Report of the King Institute of Preventive Medicine, Guindy
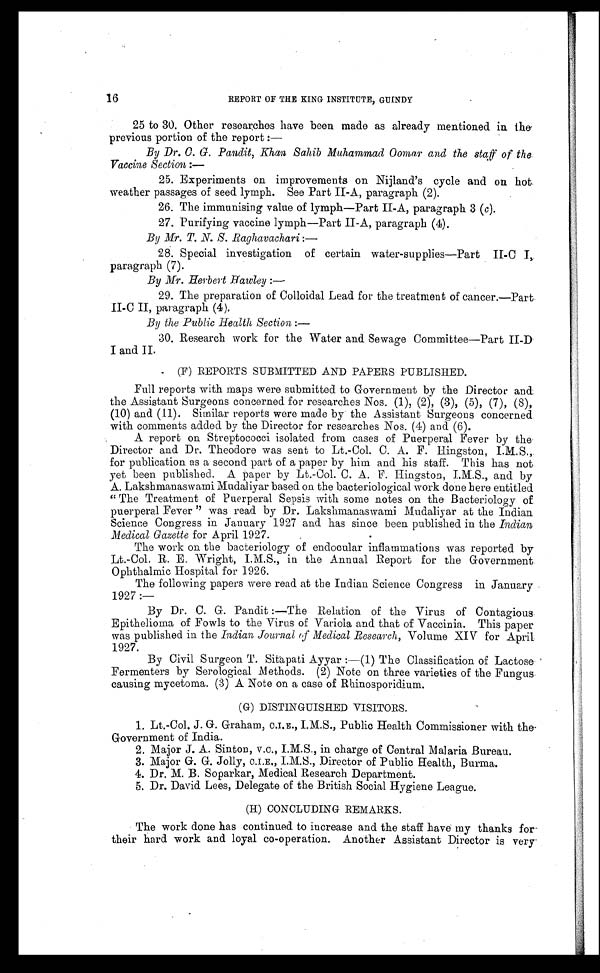
16
REPORT OF THE KING INSTITUTE, GUINDY
25 to 30. Other researches have been made as already mentioned in the
previous portion of the report
:—
By Dr. C. G. Pandit, Khan Sahib Muhammad Oomar and the staff of the
Vaccine Section : —
25. Experiments on improvements on Nijland's cycle and on hot
weather passages of seed lymph. See Part II-A, paragraph (2).
26. The immunising value of lymph—Part II-A, paragraph 3 ( c).
27. Purifying vaccine lymph—Part II-A, paragraph (4).
By Mr. T. N. S. Raghavachari : —
28. Special investigation of certain water-supplies—Part II-C I,
paragraph (7).
By Mr. Herbert Hawley : —
29. The preparation of Colloidal Lead for the treatment of cancer.—Part.
II-C II, paragraph (4).
By the Public Health Section :—
30. Research work for the Water and. Sewage Committee—Part II-D
I and II.
(F) REPORTS SUBMITTED AND PAPERS PUBLISHED.
Full reports with maps were submitted to Government by the Director and
the Assistant Surgeons concerned for researches Nos. (1), (2), (3), (5), (7), (8),
(10) and (l1). Similar reports were made by the Assistant Surgeons concerned
with comments added by the Director for researches Nos. (4) and (6).
A report on Streptococci isolated from cases of Puerperal Fever by the
Director and Dr. Theodore was sent to Lt.-Col. C. A. F. Hingston,
for publication as a second part of a paper by him and his staff. This has not
yet been published. A paper by Lt.-Col. C. A. F . Hingston, I.M.S., and by
A. Lakshmanaswami Mudaliyar based on the bacteriological work done here entitled
"The Treatment of Puerperal Sepsis with some notes on the Bacteriology of
puerperal Fever" was read by Dr. Lakshmanaswami Mudaliyar at the Indian
Science Congress in January 1927 and has since been published in the Indian
Medical Gazette for April 1927.
The work on the bacteriology of endocular inflammations was reported by
Lt.-Col. R. E. Wright, I.M.S., in the Annual Report for the Government
Ophthalmic Hospital for 1926.
The following papers were read at the Indian Science Congress in January
1927 :—
By Dr. C. G. Pandit :—The Relation of the Virus of Contagious
Epithelioma of Fowls to the Virus of Variola and that of Vaccinia. This paper
was published in the Indian Journal of Medical Research, Volume XIV for April
1927.
By Civil Surgeon T. Sitapati Ayyar :—(1) The Classification of Lactose
Fermenters by Serological Methods. (2) Note on three varieties of the Fungus
causing mycetoma. (3) A Note on a case of Rhinosporidium.
(G) DISTINGUISHED VISITORS.
1. Lt.-Col. J. G. Graham, C.I.E., I.M.S., Public Health Commissioner with the
Government of India.
2. Major J. A. Sinton, v.c., I.M.S., in charge of Central Malaria Bureau.
3. Major G. G. Jolly, C.I.E„ I.M.S., Director of Public Health, Burma.
4. Dr. M. B. Soparkar, Medical Research Department.
5. Dr. David Lees, Delegate of the British Social Hygiene League.
(H) CONCLUDING REMARKS.
The work done has continued to increase and the staff have my thanks for
their hard work and loyal co-operation. Another Assistant Director is very